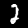
Digit: 2